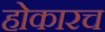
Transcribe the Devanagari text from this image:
होकारच